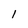
Character: I